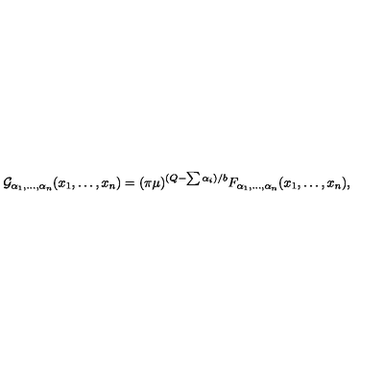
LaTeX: { \cal G } _ { \alpha _ { 1 } , \ldots , \alpha _ { n } } ( x _ { 1 } , \ldots , x _ { n } ) = ( \pi \mu ) ^ { ( Q - \sum \alpha _ { i } ) / b } F _ { \alpha _ { 1 } , \ldots , \alpha _ { n } } ( x _ { 1 } , \ldots , x _ { n } ) ,